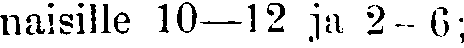
naisille 10—12 ja 2-6;